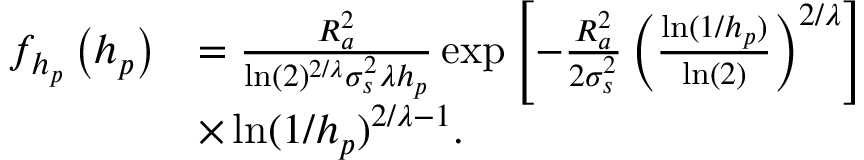
\begin{array} { r l } { f _ { h _ { p } } \left( h _ { p } \right) } & { = \frac { R _ { a } ^ { 2 } } { \ln ( 2 ) ^ { 2 / \lambda } \sigma _ { s } ^ { 2 } \lambda h _ { p } } \exp \left[ - \frac { R _ { a } ^ { 2 } } { 2 \sigma _ { s } ^ { 2 } } \left( \frac { \ln ( 1 / h _ { p } ) } { \ln ( 2 ) } \right) ^ { 2 / \lambda } \right] } \\ & { \times \ln ( 1 / h _ { p } ) ^ { 2 / \lambda - 1 } . } \end{array}